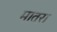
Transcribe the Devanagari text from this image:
मात़रा